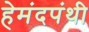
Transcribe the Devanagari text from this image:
हेमंदपंथी